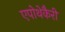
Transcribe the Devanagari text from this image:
एपोथेकैरी